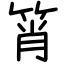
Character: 筲